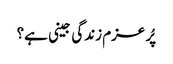
پُر عزم زندگی جینی ہے؟